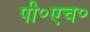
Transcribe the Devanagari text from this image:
पी॰एच॰